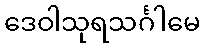
ဒေဝါသုရသင်္ဂါမေ